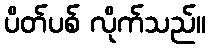
ပိတ်ပစ် လိုက်သည်။